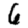
Digit: 6